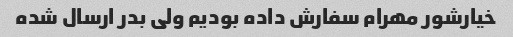
خیارشور مهرام سفارش داده بودیم ولی بدر ارسال شده